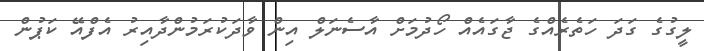
ލީގުގެ ގަދަ ހަތެރެއްގެ ޖާގައެއް ހޯދުމަށް އާސެނަލް އިން ވާދަކުރަމުންދާއިރު އެފްއޭ ކަޕުން